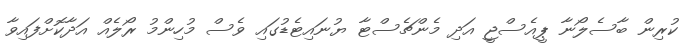
ކުރިން ބާސެލޯނާ ޕީއެސްޖީ އަދި މެންޗެސްޓާ ޔުނައިޓެޑުގައި ވެސް މުހިންމު ރޯލެއް އަދާކޮށްފައިވާ